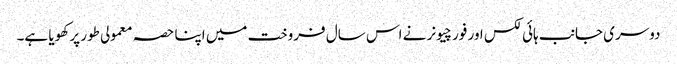
دوسری جانب ہائی لکس اور فورچیونر نے اس سال فروخت میں اپنا حصہ معمولی طور پر کھویا ہے۔